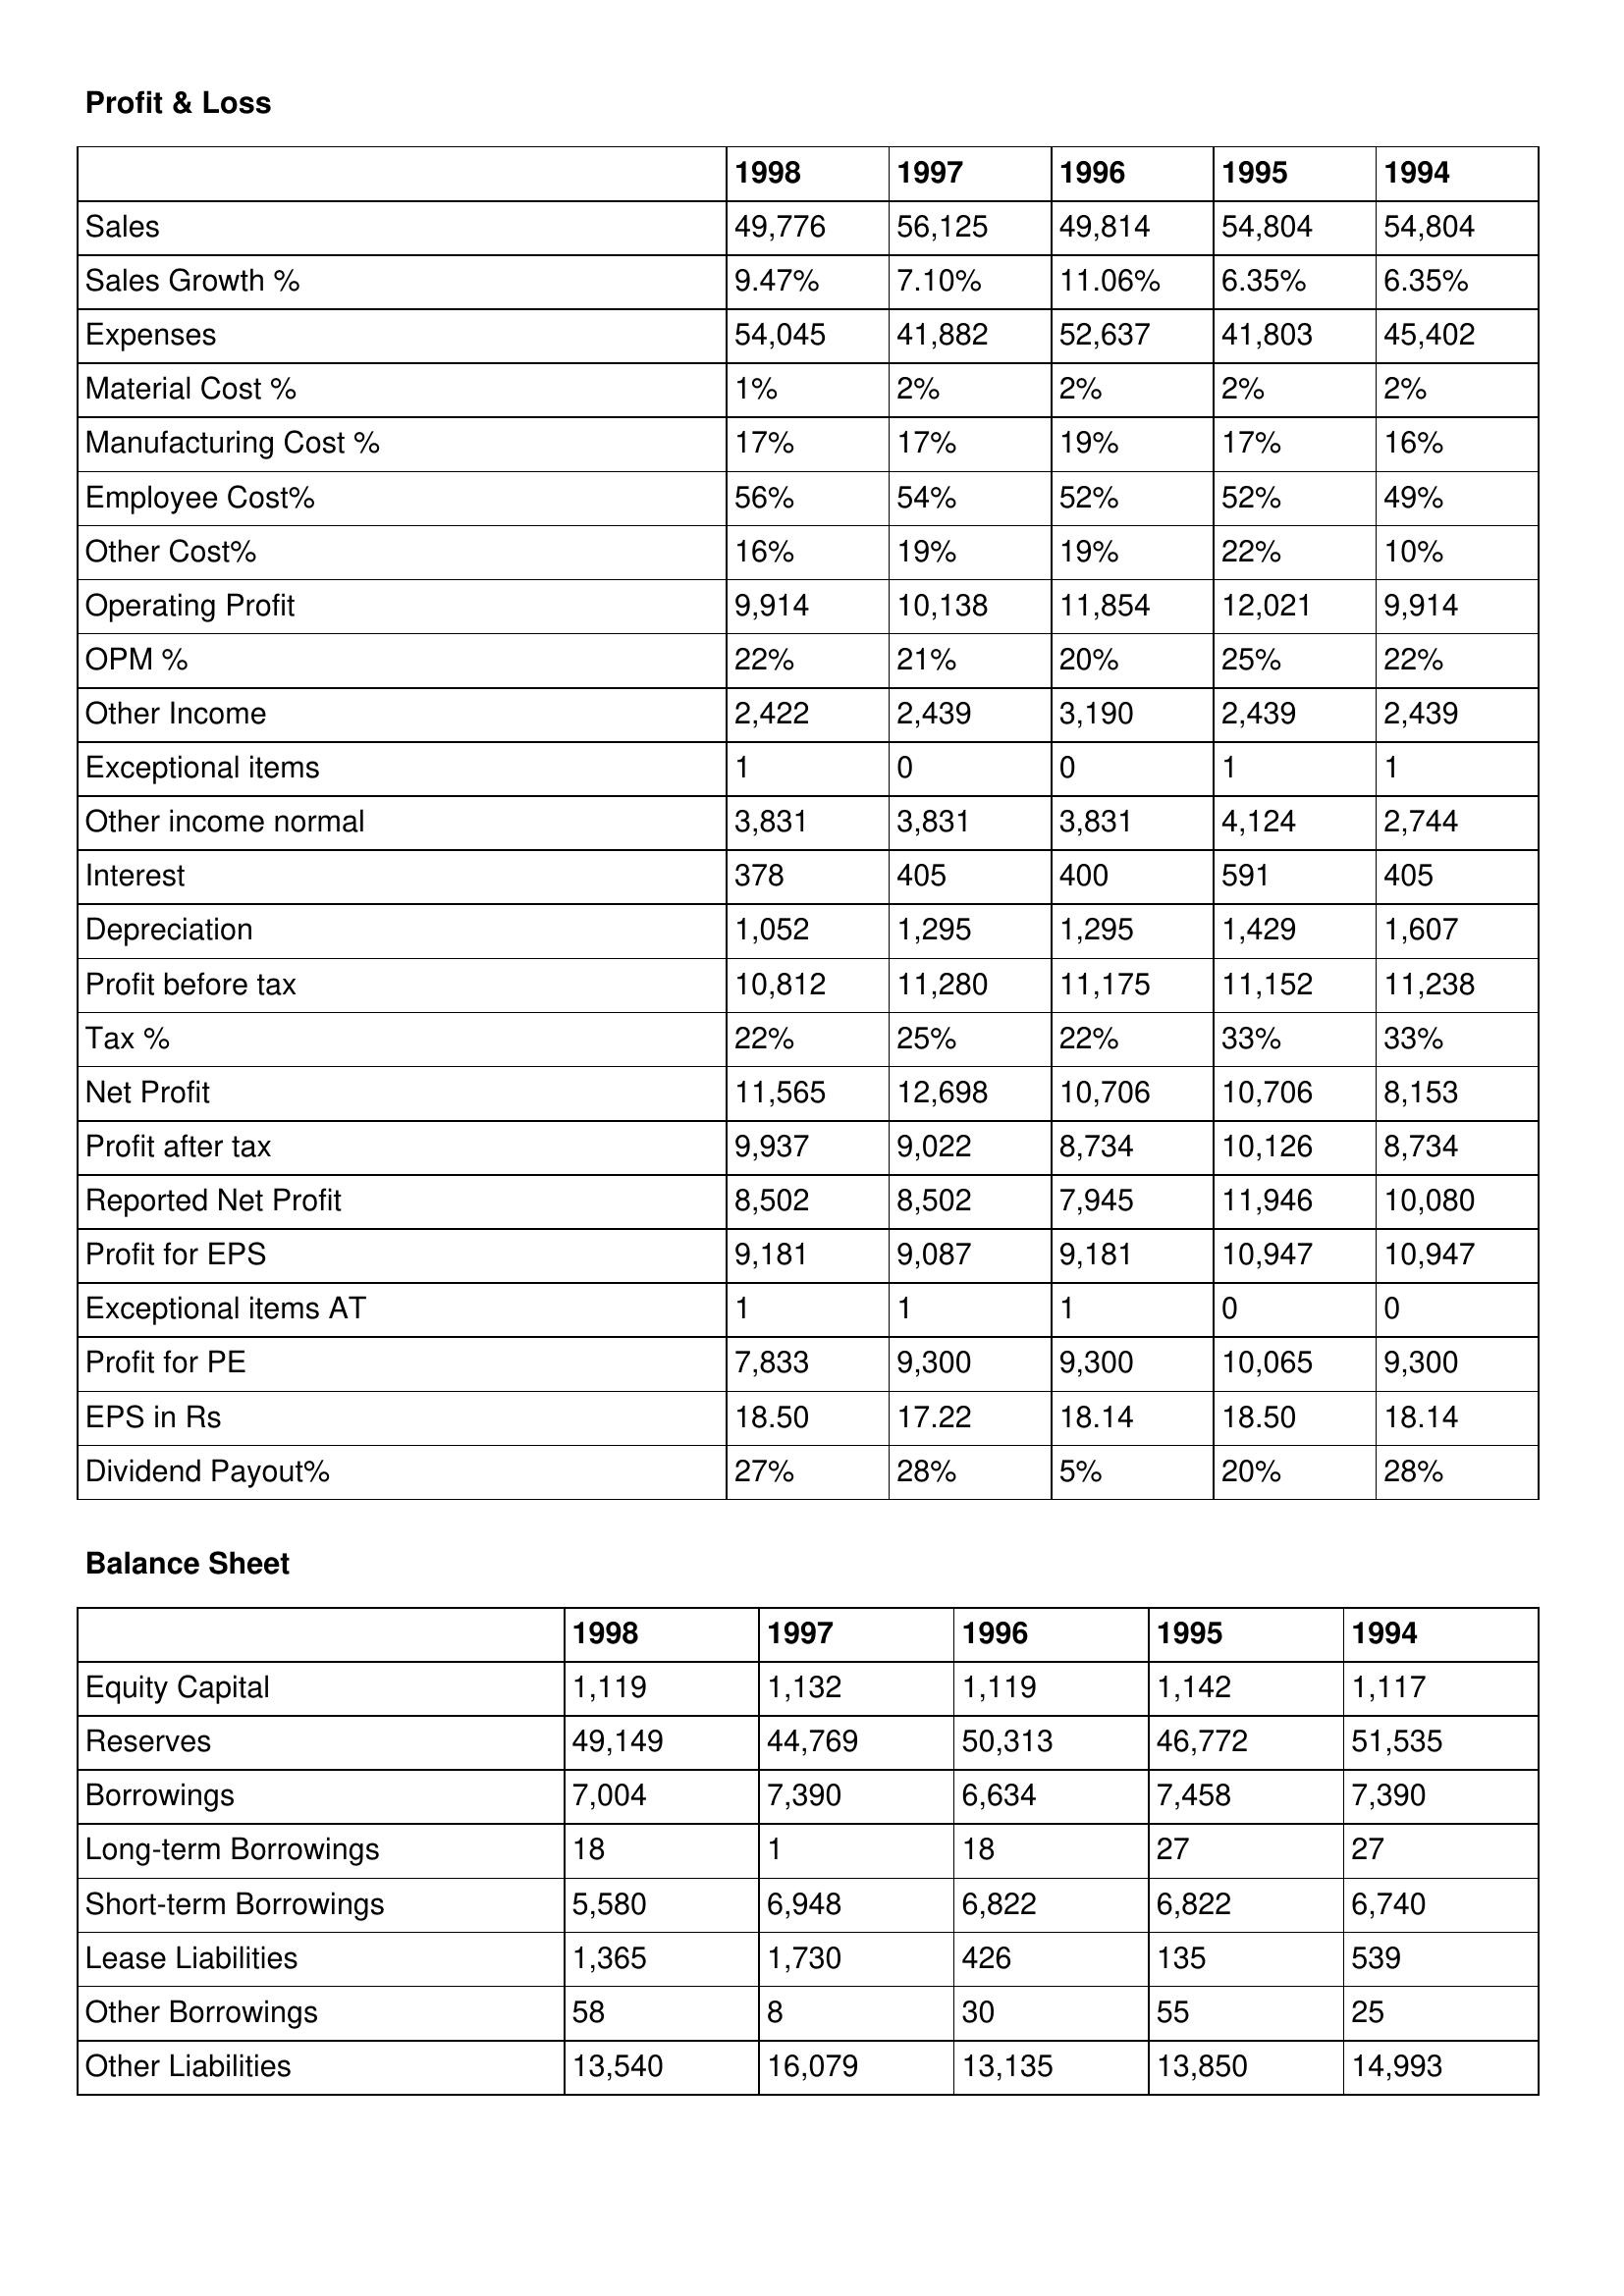
gt_parse: 1998: Profit & Loss: Sales: 49,776
Sales Growth %: 9.47%
Expenses: 54,045
Material Cost %: 1%
Manufacturing Cost %: 17%
Employee Cost%: 56%
Other Cost%: 16%
Operating Profit: 9,914
OPM %: 22%
Other Income: 2,422
Exceptional items: 1
Other income normal: 3,831
Interest: 378
Depreciation: 1,052
Profit before tax: 10,812
Tax %: 22%
Net Profit: 11,565
Profit after tax: 9,937
Reported Net Profit: 8,502
Profit for EPS: 9,181
Exceptional items AT: 1
Profit for PE: 7,833
EPS in Rs: 18.50
Dividend Payout%: 27%
Balance Sheet: Equity Capital: 1,119
Reserves: 49,149
Borrowings: 7,004
Long-term Borrowings: 18
Short-term Borrowings: 5,580
Lease Liabilities: 1,365
Other Borrowings: 58
Other Liabilities: 13,540
1997: Profit & Loss: Sales: 56,125
Sales Growth %: 7.10%
Expenses: 41,882
Material Cost %: 2%
Manufacturing Cost %: 17%
Employee Cost%: 54%
Other Cost%: 19%
Operating Profit: 10,138
OPM %: 21%
Other Income: 2,439
Exceptional items: 0
Other income normal: 3,831
Interest: 405
Depreciation: 1,295
Profit before tax: 11,280
Tax %: 25%
Net Profit: 12,698
Profit after tax: 9,022
Reported Net Profit: 8,502
Profit for EPS: 9,087
Exceptional items AT: 1
Profit for PE: 9,300
EPS in Rs: 17.22
Dividend Payout%: 28%
Balance Sheet: Equity Capital: 1,132
Reserves: 44,769
Borrowings: 7,390
Long-term Borrowings: 1
Short-term Borrowings: 6,948
Lease Liabilities: 1,730
Other Borrowings: 8
Other Liabilities: 16,079
1996: Profit & Loss: Sales: 49,814
Sales Growth %: 11.06%
Expenses: 52,637
Material Cost %: 2%
Manufacturing Cost %: 19%
Employee Cost%: 52%
Other Cost%: 19%
Operating Profit: 11,854
OPM %: 20%
Other Income: 3,190
Exceptional items: 0
Other income normal: 3,831
Interest: 400
Depreciation: 1,295
Profit before tax: 11,175
Tax %: 22%
Net Profit: 10,706
Profit after tax: 8,734
Reported Net Profit: 7,945
Profit for EPS: 9,181
Exceptional items AT: 1
Profit for PE: 9,300
EPS in Rs: 18.14
Dividend Payout%: 5%
Balance Sheet: Equity Capital: 1,119
Reserves: 50,313
Borrowings: 6,634
Long-term Borrowings: 18
Short-term Borrowings: 6,822
Lease Liabilities: 426
Other Borrowings: 30
Other Liabilities: 13,135
1995: Profit & Loss: Sales: 54,804
Sales Growth %: 6.35%
Expenses: 41,803
Material Cost %: 2%
Manufacturing Cost %: 17%
Employee Cost%: 52%
Other Cost%: 22%
Operating Profit: 12,021
OPM %: 25%
Other Income: 2,439
Exceptional items: 1
Other income normal: 4,124
Interest: 591
Depreciation: 1,429
Profit before tax: 11,152
Tax %: 33%
Net Profit: 10,706
Profit after tax: 10,126
Reported Net Profit: 11,946
Profit for EPS: 10,947
Exceptional items AT: 0
Profit for PE: 10,065
EPS in Rs: 18.50
Dividend Payout%: 20%
Balance Sheet: Equity Capital: 1,142
Reserves: 46,772
Borrowings: 7,458
Long-term Borrowings: 27
Short-term Borrowings: 6,822
Lease Liabilities: 135
Other Borrowings: 55
Other Liabilities: 13,850
1994: Profit & Loss: Sales: 54,804
Sales Growth %: 6.35%
Expenses: 45,402
Material Cost %: 2%
Manufacturing Cost %: 16%
Employee Cost%: 49%
Other Cost%: 10%
Operating Profit: 9,914
OPM %: 22%
Other Income: 2,439
Exceptional items: 1
Other income normal: 2,744
Interest: 405
Depreciation: 1,607
Profit before tax: 11,238
Tax %: 33%
Net Profit: 8,153
Profit after tax: 8,734
Reported Net Profit: 10,080
Profit for EPS: 10,947
Exceptional items AT: 0
Profit for PE: 9,300
EPS in Rs: 18.14
Dividend Payout%: 28%
Balance Sheet: Equity Capital: 1,117
Reserves: 51,535
Borrowings: 7,390
Long-term Borrowings: 27
Short-term Borrowings: 6,740
Lease Liabilities: 539
Other Borrowings: 25
Other Liabilities: 14,993